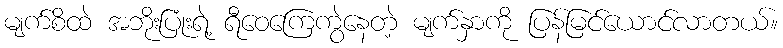
မျက်စိထဲ အဘိုးပြုံးရဲ့ ရီဝေကြေကွဲနေတဲ့ မျက်နှာကို ပြန်မြင်ယောင်လာတယ်။